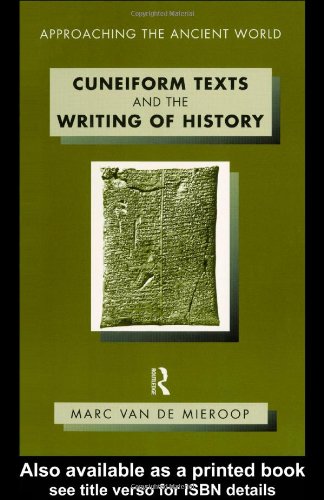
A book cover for Cuneiform Texts and the Writing of History (Approaching the Ancient World); Marc Van De Mieroop; History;